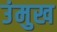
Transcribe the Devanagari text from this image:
उंमुख